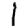
Digit: 1